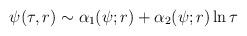
LaTeX: \begin{align*}\psi (\tau ,r)\sim \alpha _1(\psi ;r)+\alpha _2(\psi ;r)\ln \tau\end{align*}